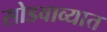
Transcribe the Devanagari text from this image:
सोडवाव्यात